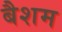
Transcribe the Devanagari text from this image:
बैशम